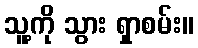
သူ့ကို သွား ရှာစမ်း။